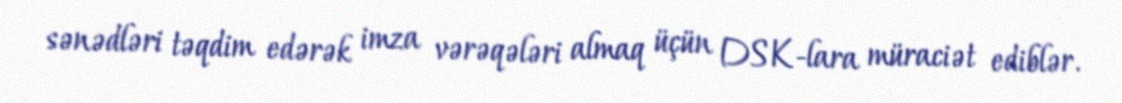
sənədləri təqdim edərək imza vərəqələri almaq üçün DSK-lara müraciət ediblər.